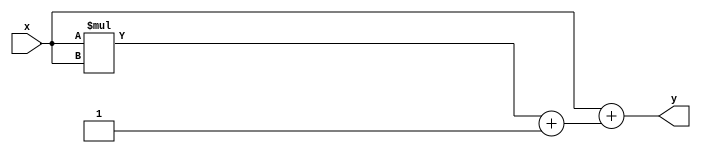
module asinh (
    input signed [15:0] x,         // Input: signed fixed-point number (16 bits)
    output reg signed [15:0] y     // Output: signed fixed-point number (16 bits)
);
    
    reg signed [31:0] x_squared;    // Intermediate variable for x^2
    reg signed [31:0] sqrt_term;     // Intermediate variable for sqrt(x^2 + 1)
    reg signed [31:0] sqrt_result;   // Result of square root
    reg signed [31:0] addition_result; // Result of x + sqrt(x^2 + 1)
    
    // Square calculation (x^2)
    always @(*) begin
        x_squared = x * x; // Assuming x is in fixed-point format
    end

    // Square root calculation (sqrt(x^2 + 1))
    always @(*) begin
        sqrt_term = x_squared + 32'd1; // x^2 + 1
        sqrt_result = sqrt(sqrt_term);  // Call to square root function
    end

    // Addition (x + sqrt(x^2 + 1))
    always @(*) begin
        addition_result = x + sqrt_result;
    end

    // Logarithm calculation (ln(x + sqrt(x^2 + 1)))
    always @(*) begin
        y = ln(addition_result); // Call to logarithm function
    end

    // Function to calculate square root (simplified)
    function signed [31:0] sqrt;
        input signed [31:0] value;
        reg signed [31:0] result;
        begin
            // Implement simple iterative square root (Newton-Raphson or other)
            result = value; // Placeholder for actual sqrt calculation
            // You will need to implement a proper square root algorithm here
            sqrt = result;
        end
    endfunction

    // Function to calculate natural logarithm (simplified)
    function signed [31:0] ln;
        input signed [31:0] value;
        reg signed [31:0] result;
        begin
            // Implement a logarithm calculation (CORDIC, lookup table, etc.)
            result = value; // Placeholder for actual ln calculation
            // You will need to implement a proper logarithm algorithm here
            ln = result;
        end
    endfunction

endmodule